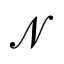
\mathcal { N }